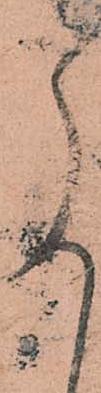
尚